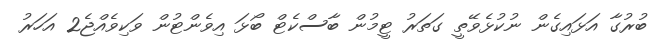
ބުރުގާ އަޅައިގެން ނުކުޅެވޭތީ ގަތަރު ޓީމުން ބާސްކެޓް ބޯޅަ އިވެންޓުން ވަކިވެއްޖެ2 އަހަރު